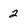
Character: 2